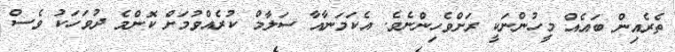
ތެރެއިން ބައެއް މީހުންނަކީ ރަށްވެހިންނެވެ. އެކަމަނާއާ ސަލާމް ކުރެއްވުމަށް ކޮންމެ ދުވަހަކު ވެސް